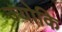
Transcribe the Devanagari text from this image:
ज्योकि